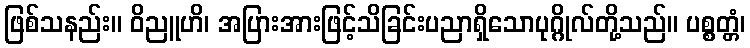
ဖြစ်သနည်း။ ဝိညူဟိ၊ အပြားအားဖြင့်သိခြင်းပညာရှိသောပုဂ္ဂိုလ်တို့သည်။ ပစ္စတ္တံ၊